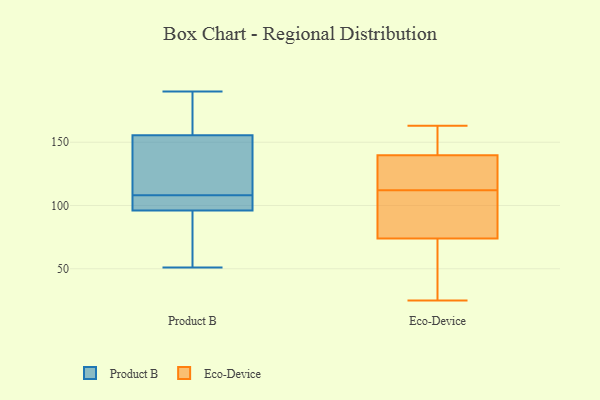
{"axis": {"x": "Headcount", "y": "Value"}, "legend": ["Eco-Device", "Product B"], "data": [{"x": "", "y": 70, "type": "Product B"}, {"x": "", "y": 164, "type": "Product B"}, {"x": "", "y": 147, "type": "Product B"}, {"x": "", "y": 102, "type": "Product B"}, {"x": "", "y": 109, "type": "Product B"}, {"x": "", "y": 190, "type": "Product B"}, {"x": "", "y": 94, "type": "Product B"}, {"x": "", "y": 146, "type": "Product B"}, {"x": "", "y": 190, "type": "Product B"}, {"x": "", "y": 98, "type": "Product B"}, {"x": "", "y": 51, "type": "Product B"}, {"x": "", "y": 107, "type": "Product B"}, {"x": "", "y": 112, "type": "Eco-Device"}, {"x": "", "y": 86, "type": "Eco-Device"}, {"x": "", "y": 163, "type": "Eco-Device"}, {"x": "", "y": 74, "type": "Eco-Device"}, {"x": "", "y": 157, "type": "Eco-Device"}, {"x": "", "y": 74, "type": "Eco-Device"}, {"x": "", "y": 132, "type": "Eco-Device"}, {"x": "", "y": 34, "type": "Eco-Device"}, {"x": "", "y": 135, "type": "Eco-Device"}, {"x": "", "y": 80, "type": "Eco-Device"}, {"x": "", "y": 25, "type": "Eco-Device"}, {"x": "", "y": 118, "type": "Eco-Device"}, {"x": "", "y": 154, "type": "Eco-Device"}]}